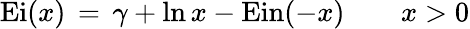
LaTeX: \operatorname{Ei}(x)\, =\, \gamma+\ln x-\operatorname{Ein}(-x)\qquad x>0